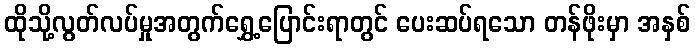
ထိုသို့လွတ်လပ်မှုအတွက်ရွှေ့ပြောင်းရာတွင် ပေးဆပ်ရသော တန်ဖိုးမှာ အနှစ်